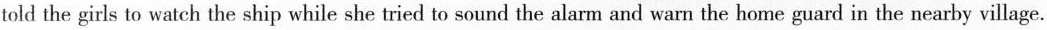
told the girls to watch the ship while she tried to sound the alarm and warn the home guard in the nearby village.